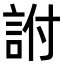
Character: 詂